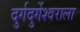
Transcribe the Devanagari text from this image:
दुर्गदुर्गेश्वराला